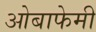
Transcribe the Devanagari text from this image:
ओबाफेमी